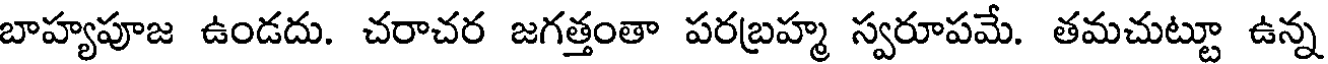
బాహ్యపూజ ఉండదు. చరాచర జగత్తంతా పరబ్రహ్మ స్వరూపమే. తమచుట్టూ ఉన్న